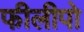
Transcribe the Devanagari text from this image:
फीलीपो